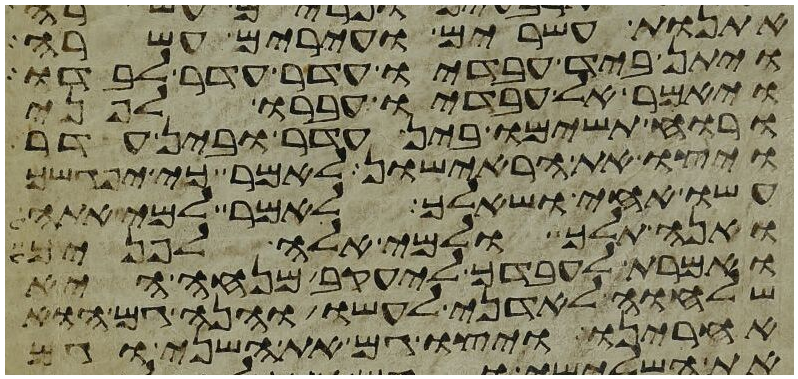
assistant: אתנות עשרים ועירים עשרה
ויתן ביד עבדיו עדר עדר לבדו
ויאמר אל עבדיו עברו לפני
ורוח תשימו בין עדר ובין עדר
ויצו את הראישון לאמר כי יפגשך
עשו אחי ושאלך לאמר למי אתה
ואנה תלך ולמי אלה לפניך
ואמרת לעבדך ליעקב מנחה היא
שלוחה לאדני לעשו והנה גם הוא
אחרינו ויצו גם את השני וגם